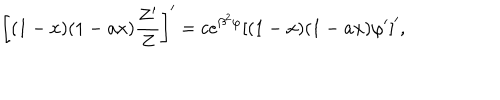
LaTeX: \left[ ( 1 - x ) ( 1 - a x ) { \frac { Z ^ { \prime } } { Z } } \right] ^ { \prime } = c e ^ { \beta ^ { 2 } \varphi } \left[ ( 1 - x ) ( 1 - a x ) \varphi ^ { \prime } \right] ^ { \prime } ,